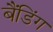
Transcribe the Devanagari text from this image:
बैंडिंग